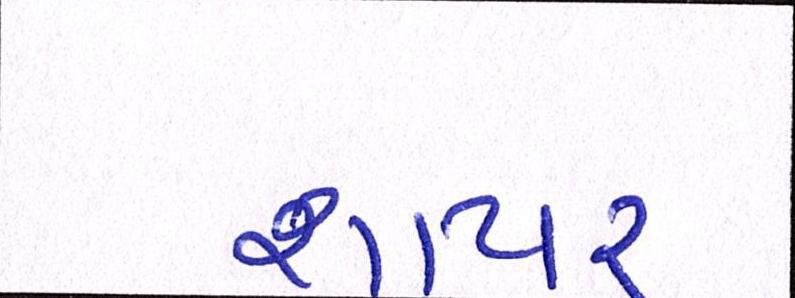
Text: શાયર